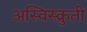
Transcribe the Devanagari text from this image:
अस्विस्क्रुती